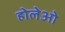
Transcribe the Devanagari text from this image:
होलेओ